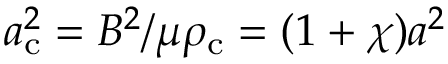
a _ { \mathrm { c } } ^ { 2 } = B ^ { 2 } / \mu \rho _ { \mathrm { c } } = ( 1 + \chi ) a ^ { 2 }